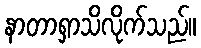
နာတာရှာသိလိုက်သည်။